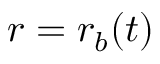
r = r _ { b } ( t )